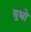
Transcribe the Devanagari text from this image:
युधो